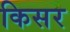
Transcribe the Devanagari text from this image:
किसर